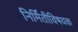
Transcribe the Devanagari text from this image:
निर्मितीविषयक